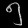
Digit: ၅